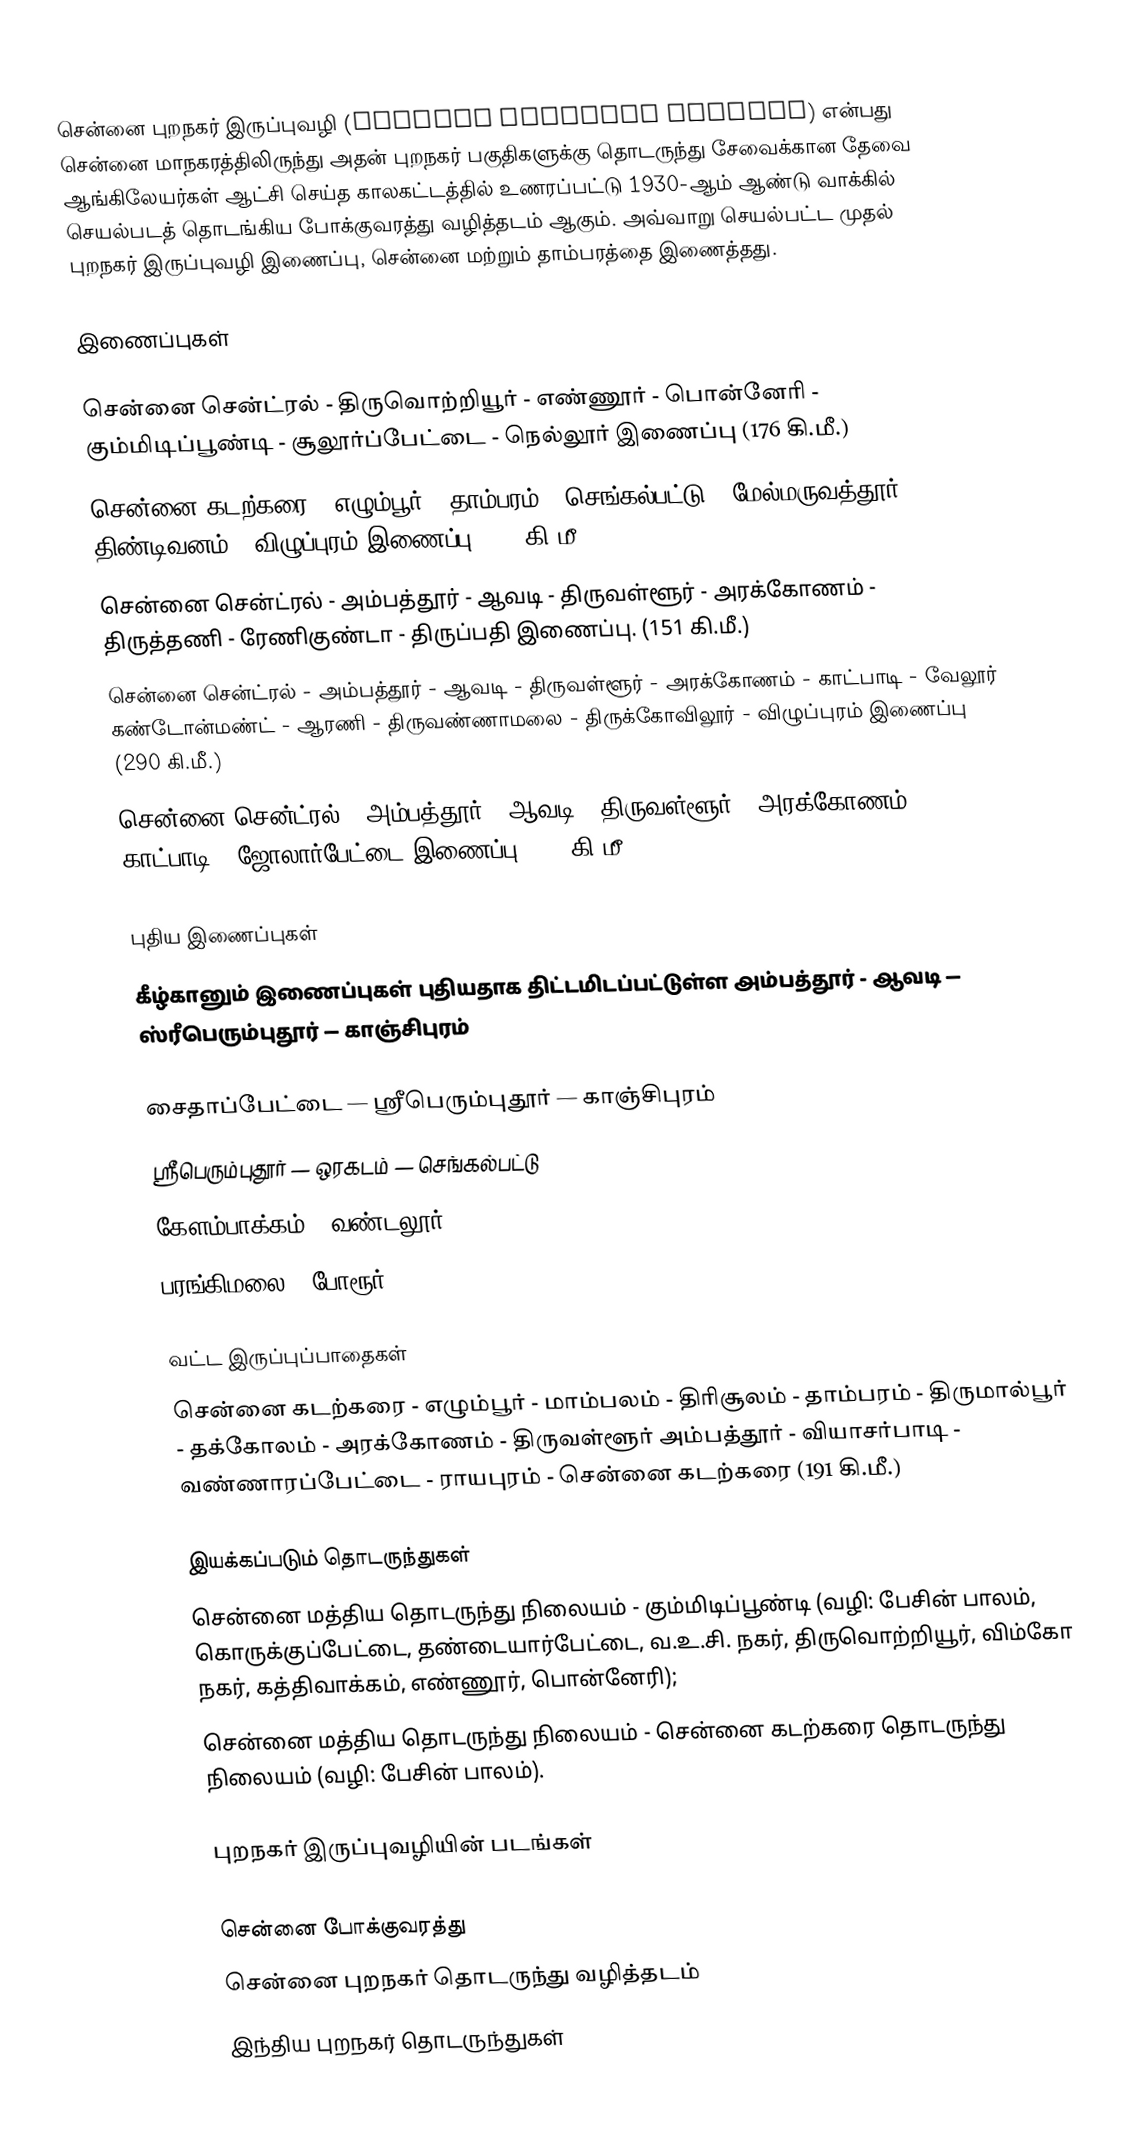
சென்னை புறநகர் இருப்புவழி (Chennai suburban railway) என்பது சென்னை மாநகரத்திலிருந்து அதன் புறநகர் பகுதிகளுக்கு தொடருந்து சேவைக்கான தேவை ஆங்கிலேயர்கள் ஆட்சி செய்த காலகட்டத்தில் உணரப்பட்டு 1930-ஆம் ஆண்டு வாக்கில் செயல்படத் தொடங்கிய போக்குவரத்து வழித்தடம் ஆகும். அவ்வாறு செயல்பட்ட முதல் புறநகர் இருப்புவழி இணைப்பு, சென்னை மற்றும் தாம்பரத்தை இணைத்தது.

இணைப்புகள்

 சென்னை சென்ட்ரல் - திருவொற்றியூர் - எண்ணூர் - பொன்னேரி - கும்மிடிப்பூண்டி - சூலூர்ப்பேட்டை - நெல்லூர் இணைப்பு (176 கி.மீ.)
 சென்னை கடற்கரை - எழும்பூர் - தாம்பரம் - செங்கல்பட்டு - மேல்மருவத்தூர் - திண்டிவனம் - விழுப்புரம் இணைப்பு (163 கி.மீ.)
 சென்னை சென்ட்ரல் - அம்பத்தூர் - ஆவடி - திருவள்ளூர் - அரக்கோணம் - திருத்தணி - ரேணிகுண்டா - திருப்பதி இணைப்பு. (151 கி.மீ.)
 சென்னை சென்ட்ரல் - அம்பத்தூர் - ஆவடி - திருவள்ளூர் - அரக்கோணம் - காட்பாடி - வேலூர் கண்டோன்மண்ட் - ஆரணி - திருவண்ணாமலை - திருக்கோவிலூர் - விழுப்புரம் இணைப்பு (290 கி.மீ.)
 சென்னை சென்ட்ரல் - அம்பத்தூர் - ஆவடி - திருவள்ளூர் - அரக்கோணம் - காட்பாடி - ஜோலார்பேட்டை இணைப்பு (213 கி.மீ.).

புதிய இணைப்புகள்
கீழ்கானும் இணைப்புகள் புதியதாக திட்டமிடப்பட்டுள்ள அம்பத்தூர் - ஆவடி — ஸ்ரீபெரும்புதூர் — காஞ்சிபுரம்

 சைதாப்பேட்டை — ஸ்ரீபெரும்புதூர் — காஞ்சிபுரம்
 ஸ்ரீபெரும்புதூர் — ஒரகடம் — செங்கல்பட்டு
 கேளம்பாக்கம் — வண்டலூர்
 பரங்கிமலை — போரூர்

வட்ட இருப்புப்பாதைகள்
 சென்னை கடற்கரை - எழும்பூர் - மாம்பலம் - திரிசூலம் - தாம்பரம் - திருமால்பூர் - தக்கோலம் - அரக்கோணம் - திருவள்ளூர்  அம்பத்தூர் - வியாசர்பாடி - வண்ணாரப்பேட்டை - ராயபுரம் - சென்னை கடற்கரை (191 கி.மீ.)

இயக்கப்படும் தொடருந்துகள்
 சென்னை மத்திய தொடருந்து நிலையம் - கும்மிடிப்பூண்டி (வழி: பேசின் பாலம், கொருக்குப்பேட்டை, தண்டையார்பேட்டை, வ.உ.சி. நகர், திருவொற்றியூர், விம்கோ நகர், கத்திவாக்கம், எண்ணூர், பொன்னேரி);
 சென்னை மத்திய தொடருந்து நிலையம் - சென்னை கடற்கரை தொடருந்து நிலையம் (வழி: பேசின் பாலம்).

புறநகர் இருப்புவழியின் படங்கள்

சென்னை போக்குவரத்து
சென்னை புறநகர் தொடருந்து வழித்தடம்
இந்திய புறநகர் தொடருந்துகள்